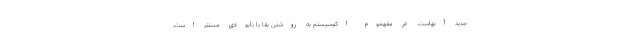
جدید آنهاست. در مفهموم اکوسیستم به روشنی بقا یا نابودی مستتر است.